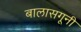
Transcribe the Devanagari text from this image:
बालासगूनी